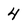
Character: 4